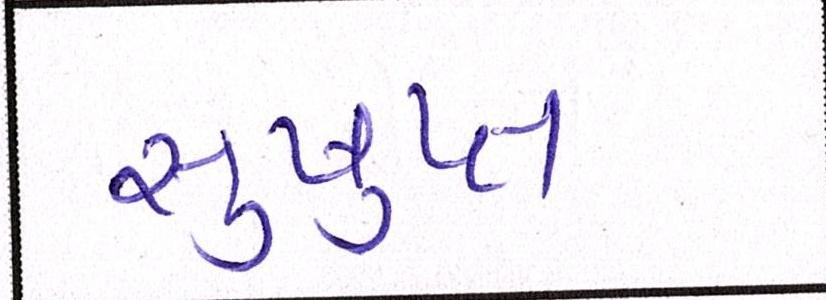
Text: સુષુપ્ત